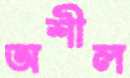
অশীল